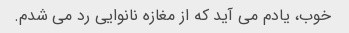
خوب، یادم می آید که از مغازه نانوایی رد می شدم.